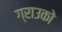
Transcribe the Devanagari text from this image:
ग्राउको